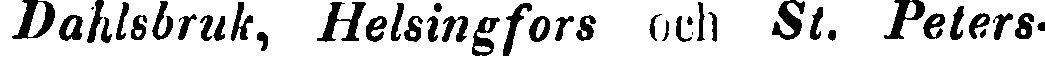
Dahlsbruk, Helsingfors och St. Peters-